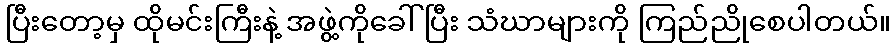
ပြီးတော့မှ ထိုမင်းကြီးနဲ့ အဖွဲ့ကိုခေါ်ပြီး သံဃာများကို ကြည်ညိုစေပါတယ်။